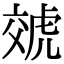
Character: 虠